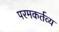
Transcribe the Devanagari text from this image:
परमकर्तव्य